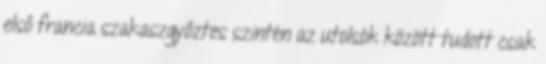
első francia szakaszgyőztes szintén az utolsók között tudott csak